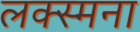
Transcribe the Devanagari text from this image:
लक्स्मना